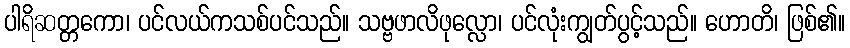
ပါရိဆတ္တကော၊ ပင်လယ်ကသစ်ပင်သည်။ သဗ္ဗဖာလိဖုလ္လော၊ ပင်လုံးကျွတ်ပွင့်သည်။ ဟောတိ၊ ဖြစ်၏။